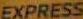
EXPRESS